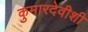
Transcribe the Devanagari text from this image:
कुमारदेवीशी